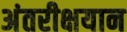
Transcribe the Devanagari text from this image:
अंतरीक्षयान